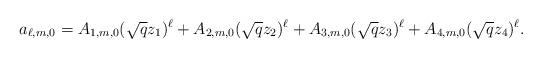
LaTeX: \begin{align*} a_{\ell,m,0}=A_{1,m,0}(\sqrt{q}z_1)^\ell+A_{2,m,0}(\sqrt{q}z_2)^\ell+A_{3,m,0}(\sqrt{q}z_3)^\ell+A_{4,m,0}(\sqrt{q}z_4)^\ell. \end{align*}